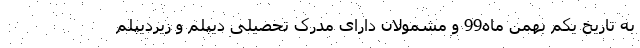
به تاریخ یکم بهمن ماه99 و مشمولان دارای مدرک تحصیلی دیپلم و زیردیپلم